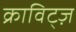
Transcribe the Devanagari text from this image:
क्राविट्ज़